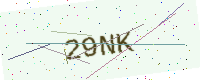
Text: 29NK